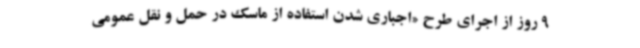
9 روز از اجرای طرح «اجباری شدن استفاده از ماسک در حمل و نقل عمومی